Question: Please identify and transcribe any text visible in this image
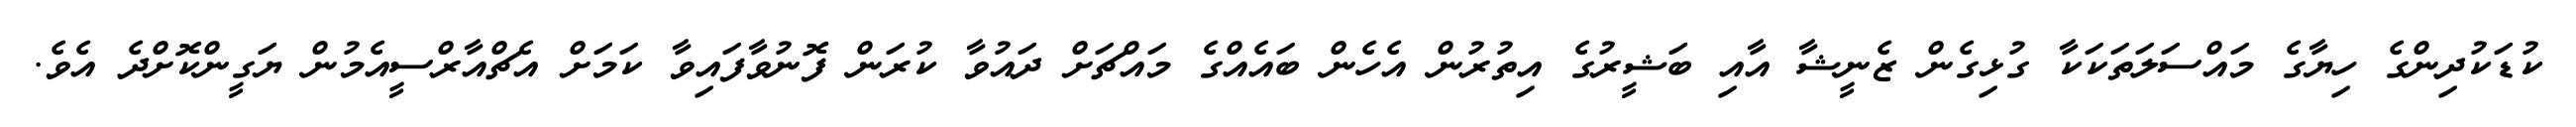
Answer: ކުޑަކުދިންގެ ހިޔާގެ މައްސަލަތަކަކާ ގުޅިގެން ޒެނީޝާ އާއި ބަޝީރުގެ އިތުރުން އެހެން ބައެއްގެ މައްޗަށް ދައުވާ ކުރަން ފޮނުވާފައިވާ ކަމަށް އެޗްއާރްސީއެމުން ޔަގީންކޮށްދެ އެވެ.